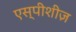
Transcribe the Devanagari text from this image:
एस्पीशीज़